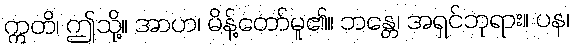
ဣတိ၊ ဤသို့။ အာဟ၊ မိန့်တော်မူ၏။ ဘန္တေ၊ အရှင်ဘုရား။ ပန၊